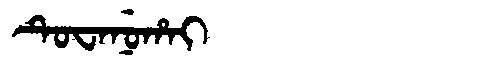
Manchu: ᡨᡠᠸᠠᠨᡠᡥᠠᡳ
Romanization: TUWANUHAI